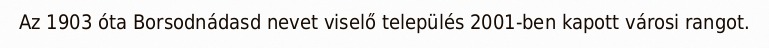
Az 1903 óta Borsodnádasd nevet viselő település 2001-ben kapott városi rangot.